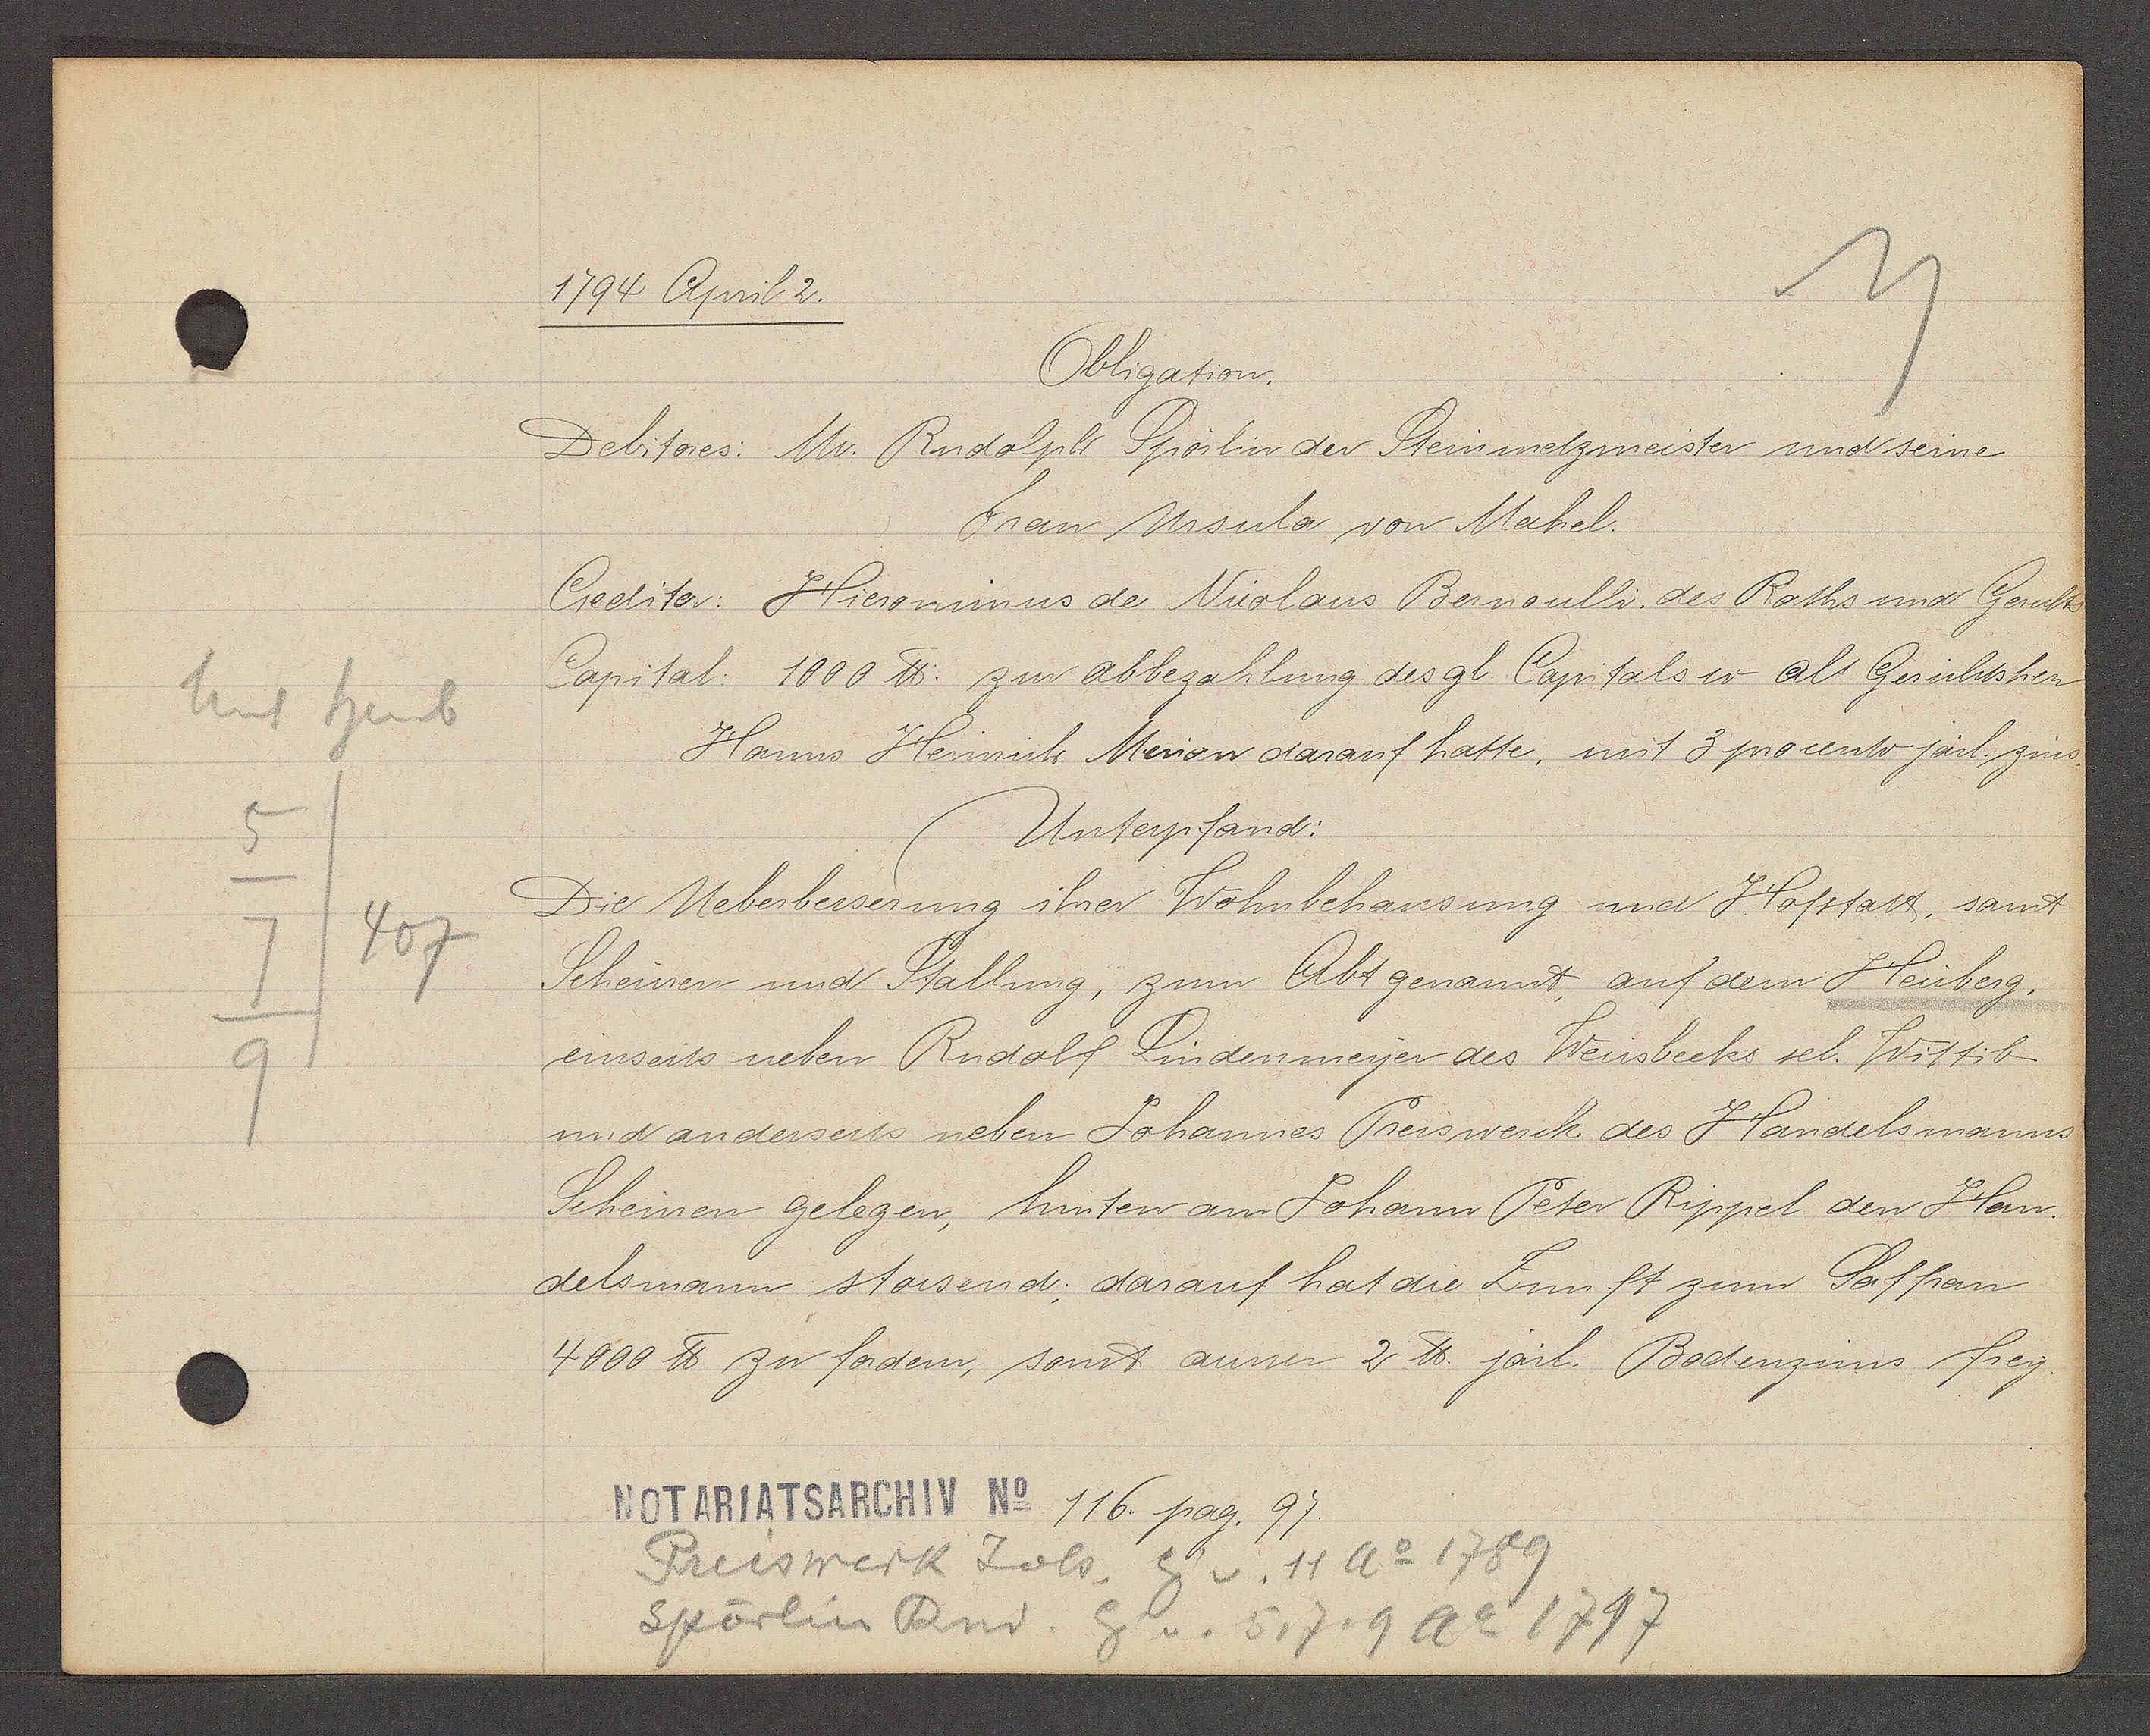
Transcript:
Unt heub
5
407
7
9

1794 April 2.

Obligation.
Debitores: Mr. Rudolph Spörlin der Steinmetzmeister und seine
Frau Ursula von Mechel.
Creditor: Hieronimus de Nicolaus Bernoulli, des Raths und Gerechts
Capital: 1000 ℔. zun abbezahlung des gl. Capitals u als Gerichtshern
Hanns Heinrich Merian darauf hatte, mit 3 procento järl. zins.
Unterpfand:
Die Ueberbesserung ihrer Wohnbehausung und Hofstatt, samt
Scheinen und Stallung, zum Abt genannt, auf dem Heuberg,
einseits neben Rudolf Lindenmeyer des Weissbecks sel. Wittib
und anderseits neben Johannes Preiswerck des Handelsmanns
Scheinen gelegen, hinten am Johann Peter Rippel den Han-
delsmann stossend; darauf hat die Zunft zum Saffran
4000 ℔ zu fordern, sonst ausser 2 ℔. järl. Bodenzins frey.

Notariatsarchiv No 116. pag. 97.

Preiswerk Joh. Eg v. 11 Ao 1789
Spörlin Rud. Eig. v. 5, 7, 9 Ao 1797